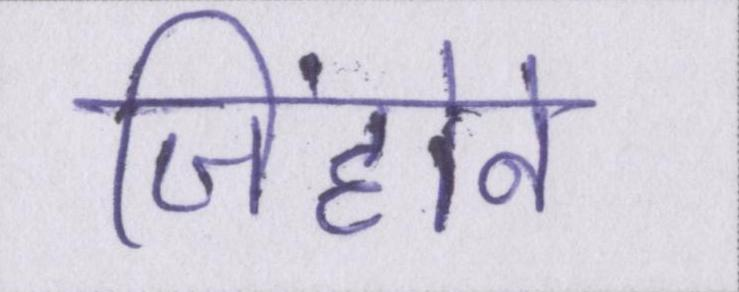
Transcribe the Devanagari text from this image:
जिंहोने